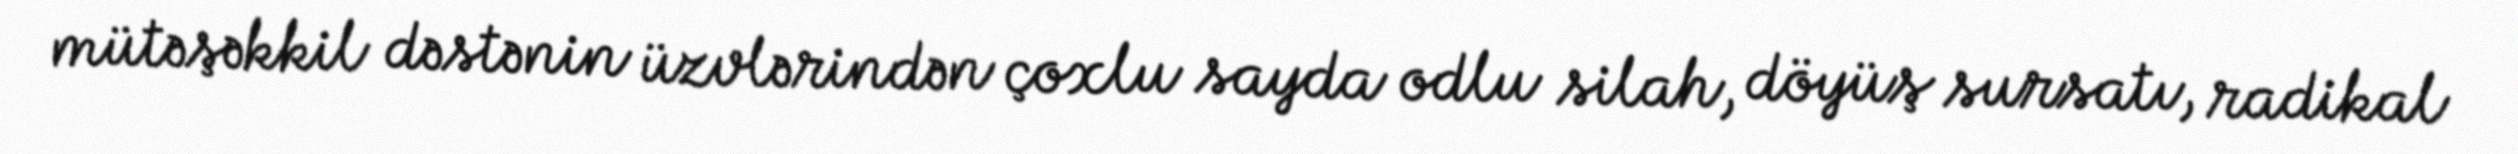
mütəşəkkil dəstənin üzvlərindən çoxlu sayda odlu silah, döyüş sursatı, radikal